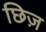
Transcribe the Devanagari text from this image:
छिज़